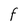
Character: F